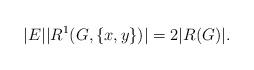
LaTeX: \begin{align*}|E||R^1(G,\{x,y\})|=2|R(G)|.\end{align*}